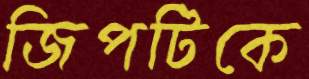
জিপটিকে